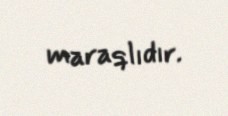
maraqlıdır.